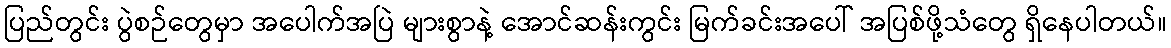
ပြည်တွင်း ပွဲစဉ်တွေမှာ အပေါက်အပြဲ များစွာနဲ့ အောင်ဆန်းကွင်း မြက်ခင်းအပေါ် အပြစ်ဖို့သံတွေ ရှိနေပါတယ်။